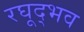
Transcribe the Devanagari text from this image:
रघूद्भव